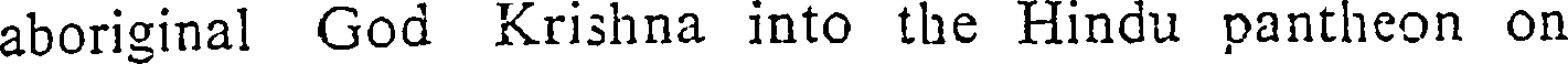
aboriginal God Krishna into the Hindu pantheon on